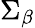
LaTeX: \Sigma_{\beta}